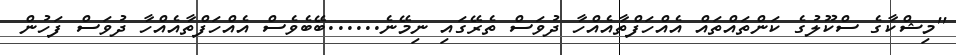
''މިޝްކާގެ ސްކޫލުގެ ކަންތައްތައް އެއްހަފްތާއެއްހާ ދުވަސް ތެރޭގައި ނިމޭނެ......ބޭބެވެސް އެއްހަފްތާއެއްހާ ދުވަސް ފަހުން